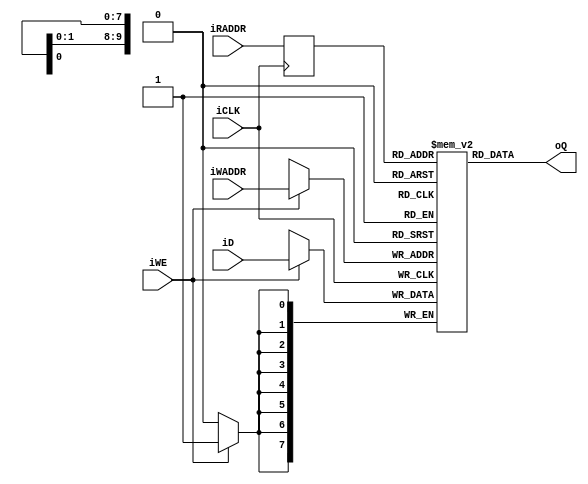
module altera_dual_port_ram_simple
	#(
		parameter DATA_WIDTH = 8,	// number of bits in a word
		          ADDR_WIDTH = 10	// number of address bits
	)
	(
		input wire iCLK,
		input wire iWE,
		input wire [ADDR_WIDTH-1:0] iWADDR, iRADDR,
		input wire [DATA_WIDTH-1:0] iD,
		output wire [DATA_WIDTH-1:0] oQ
	);

	// signal declaration
	reg [DATA_WIDTH-1:0] ram [2**ADDR_WIDTH-1:0];
	reg [ADDR_WIDTH-1:0] addr_reg;

	// body
	// write operation
	always @(posedge iCLK)
	begin
		if (iWE)
			ram[iWADDR] <= iD;
		addr_reg <= iRADDR;
	end

	// read operation
	assign oQ = ram[addr_reg];
endmodule